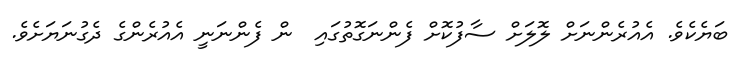
ބަޔެކެވެ. އެއުރެންނަށް ލޮލަށް ސާފުކޮށް ފެންނަގޮތުގައި  ން ފެންނަނީ އެއުރެންގެ ދެގުނަޔަށެވެ.